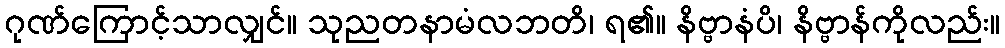
ဂုဏ်ကြောင့်သာလျှင်။ သုညတနာမံလဘတိ၊ ရ၏။ နိဗ္ဗာနံပိ၊ နိဗ္ဗာန်ကိုလည်း။